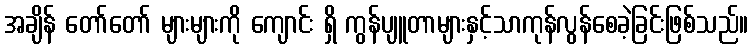
အချိန် တော်တော် များများကို ကျောင်း ရှိ ကွန်ပျူတာများနှင့်သာကုန်လွန်စေခဲ့ခြင်းဖြစ်သည်။